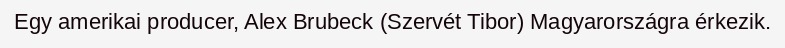
Egy amerikai producer, Alex Brubeck (Szervét Tibor) Magyarországra érkezik.